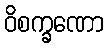
ဝိစက္ခဏော